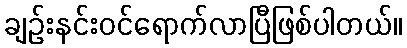
ချဉ်းနင်းဝင်ရောက်လာပြီဖြစ်ပါတယ်။